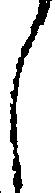
し